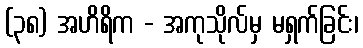
(၃၈) အဟိရိက - အကုသိုလ်မှ မရှက်ခြင်း၊